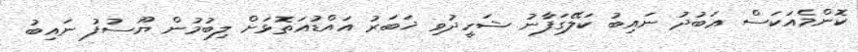
ކޮންމެއަކަސް ޢަބުދު ނައިބު ކަލޭގަފާނު ޝަހީދުވި ޚަބަރު އައްޑުއަތޮޅަށް ލިބުމުން ޔޫސުފު ނައިބު